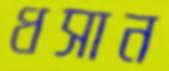
ধসান